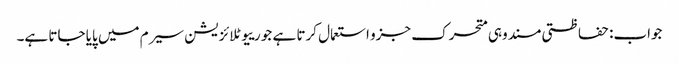
جواب: حفاظتی مسند وہی متحرک جزو استعمال کرتا ہے جو رییوٹلائزیشن سیرم میں پایا جاتا ہے۔